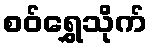
စဝ်ရွှေသိုက်